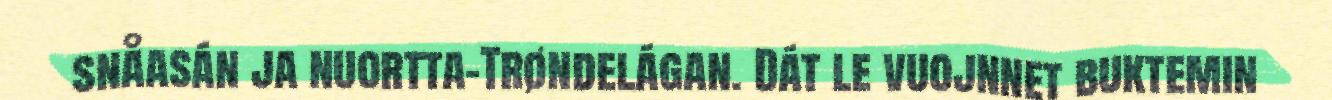
snåasán ja nuortta-Trøndelágan. Dát le vuojnnet buktemin